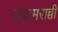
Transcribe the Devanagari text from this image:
वदामराच्ची